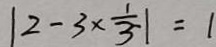
\vert 2 - 3 \times \frac { 1 } { 3 } \vert = 1